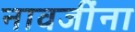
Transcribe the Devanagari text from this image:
नावजींना